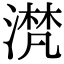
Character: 滼